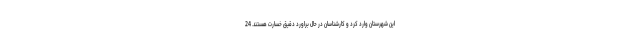
این شهرستان وارد کرد و کارشناسان در حال براورد دقیق خسارت هستند. 24